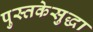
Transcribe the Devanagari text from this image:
पुस्तकेसुद्धा